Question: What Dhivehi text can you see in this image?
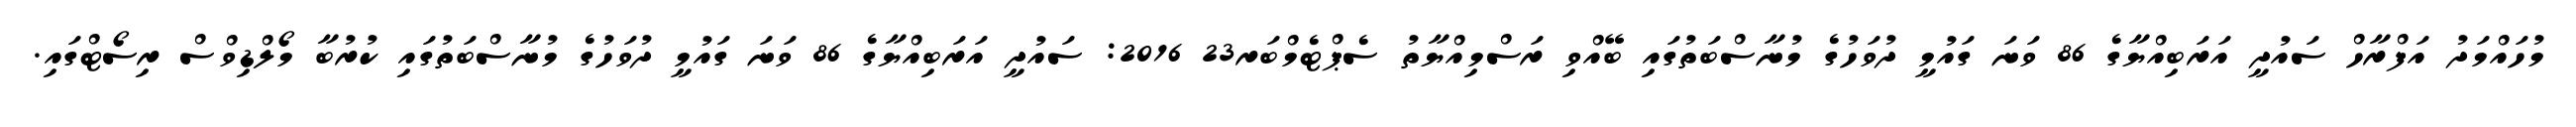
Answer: މުހައްމަދު އަފްރާހް ސައުދީ އަރަބިއްޔާގެ 86 ވަނަ ގައުމީ ދުވަހުގެ މުނާސްބަތުގައި ބޭއްވި ރަސްމިއްޔާތު ސެޕްޓެމްބަރ23 2016: ސައުދީ އަރަބިއްޔާގެ 86 ވަނަ ގައުމީ ދުވަހުގެ މުނާސްބަތުގައި ކުރުބާ މޯލްޑިވްސް ރިސޯޓްގައި.